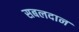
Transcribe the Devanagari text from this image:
सबलदान